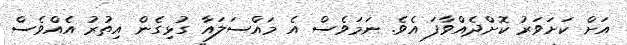
އަށް ކަށަވަރު ކޮށްދެއްވާފަ އެވެ. ނަމަވެސް އެ މައްސަލައާ ގުޅިގެން އިތުރު އެއްވެސް